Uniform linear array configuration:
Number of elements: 16
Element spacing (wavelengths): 0.5
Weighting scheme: blackman
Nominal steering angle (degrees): -15
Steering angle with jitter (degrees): -13.434
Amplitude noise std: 0.05
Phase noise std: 0.05

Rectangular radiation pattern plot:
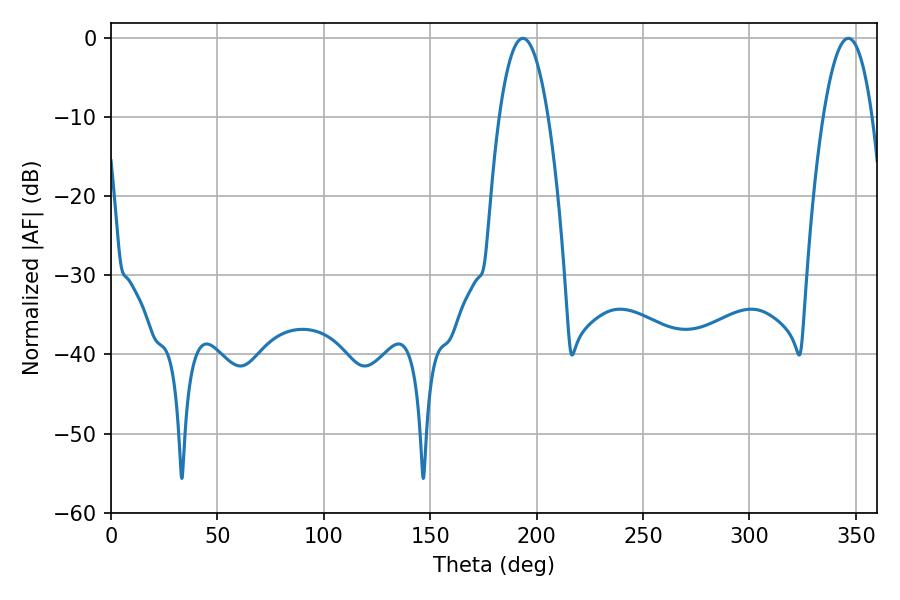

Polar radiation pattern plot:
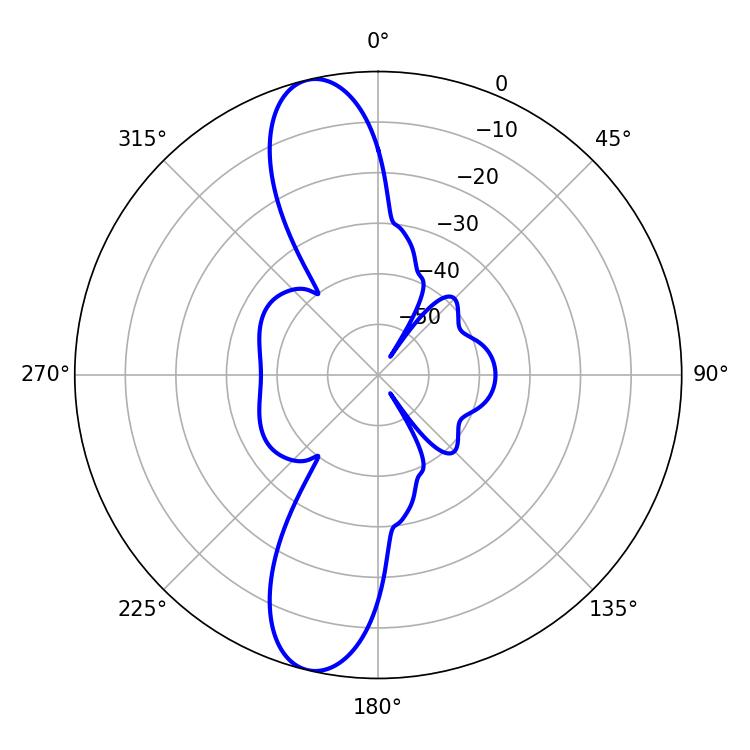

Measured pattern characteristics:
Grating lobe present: FALSE
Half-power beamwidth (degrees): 12.78
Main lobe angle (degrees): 193.5